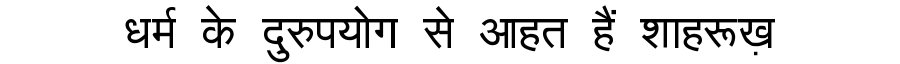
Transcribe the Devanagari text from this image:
धर्म के दुरुपयोग से आहत हैं शाहरूख़